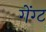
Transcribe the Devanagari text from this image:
गेंग्ट